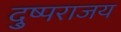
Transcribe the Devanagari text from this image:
दु्ष्पराजय